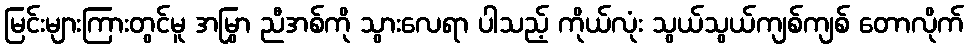
မြင်းများကြားတွင်မူ အမြွှာ ညီအစ်ကို သွားလေရာ ပါသည့် ကိုယ်လုံး သွယ်သွယ်ကျစ်ကျစ် တောလိုက်